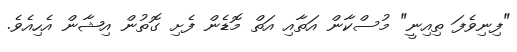
"ފިނިވެފަ ތިއިނީ" މުސްކާން އަތާއި އަތް މޮޑެން ފެށި ގޮތުން އިޝާން އެހިއެވެ.